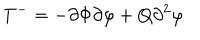
T ^ { - } = - \partial \Phi \partial \varphi + Q \partial ^ { 2 } \varphi